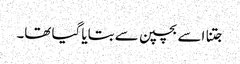
جتنا اسے بچپن سے بتایا گیا تھا۔